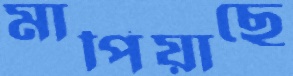
মাপিয়াছে